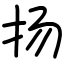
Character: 扬